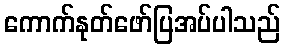
ကောက်နုတ်ဖော်ပြအပ်ပါသည်